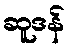
ဆူဒန်